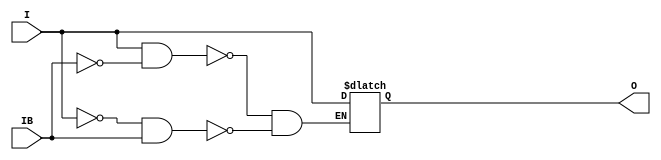
// $Header: /devl/xcs/repo/env/Databases/CAEInterfaces/verunilibs/data/unisims/IBUFGDS_ULVDS_25.v,v 1.6 2007/05/23 21:43:34 patrickp Exp $
///////////////////////////////////////////////////////////////////////////////
// Copyright (c) 1995/2004 Xilinx, Inc.
// All Right Reserved.
///////////////////////////////////////////////////////////////////////////////
//   ____  ____
//  /   /\/   /
// /___/  \  /    Vendor : Xilinx
// \   \   \/     Version : 10.1
//  \   \         Description : Xilinx Functional Simulation Library Component
//  /   /                  Differential Signaling Input Clock Buffer with ULVDS_25 I/O Standard
// /___/   /\     Filename : IBUFGDS_ULVDS_25.v
// \   \  /  \    Timestamp : Thu Mar 25 16:42:26 PST 2004
//  \___\/\___\
//
// Revision:
//    03/23/04 - Initial version.
//    05/23/07 - Changed timescale to 1 ps / 1 ps.

`timescale  1 ps / 1 ps


module IBUFGDS_ULVDS_25 (O, I, IB);

    output O;

    input  I, IB;

    reg o_out;

    buf b_0 (O, o_out);

    always @(I or IB) begin
	if (I == 1'b1 && IB == 1'b0)
	    o_out <= I;
	else if (I == 1'b0 && IB == 1'b1)
	    o_out <= I;
    end


endmodule